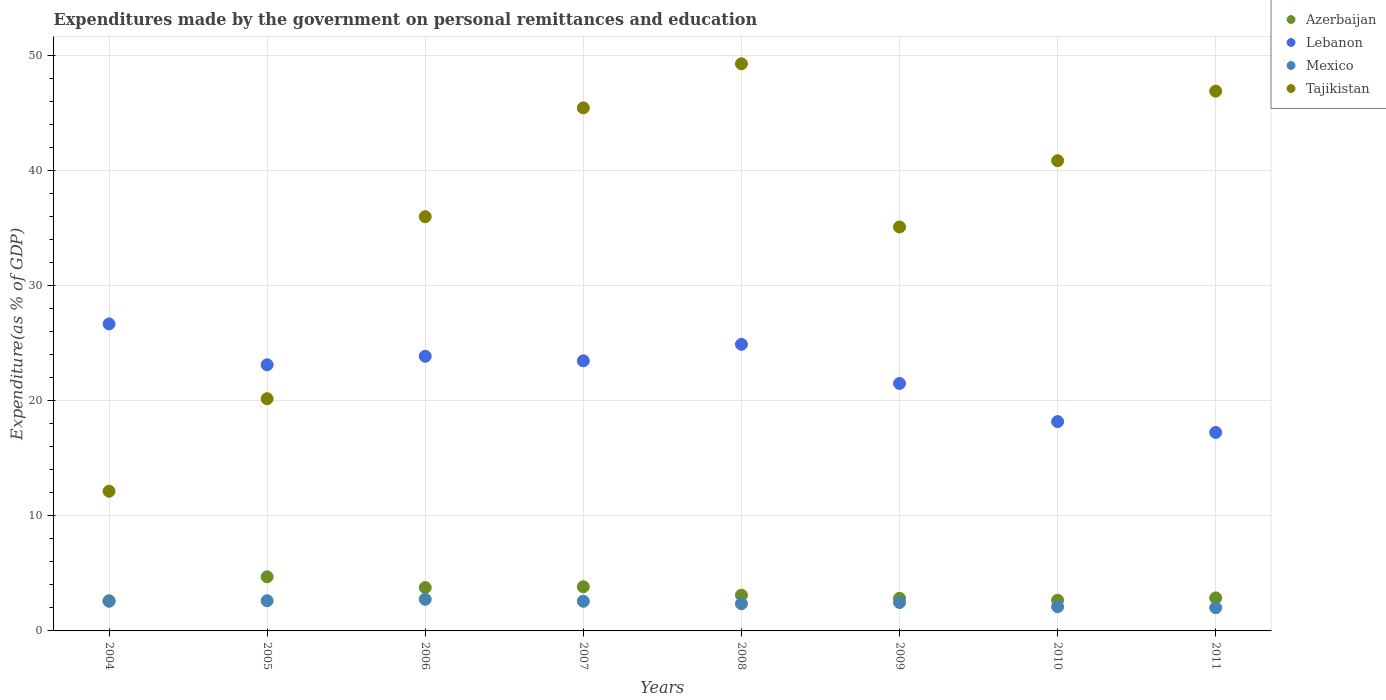
| Years | Azerbaijan | Lebanon | Mexico | Tajikistan |
 | --- | --- | --- | --- | --- |
 | 2004 | 2.62 | 26.7 | 2.58 | 12.1 |
 | 2005 | 4.71 | 23.1 | 2.63 | 20.2 |
 | 2006 | 3.77 | 23.9 | 2.75 | 36 |
 | 2007 | 3.84 | 23.5 | 2.58 | 45.5 |
 | 2008 | 3.11 | 24.9 | 2.36 | 49.3 |
 | 2009 | 2.83 | 21.5 | 2.47 | 35.1 |
 | 2010 | 2.67 | 18.2 | 2.1 | 40.9 |
 | 2011 | 2.87 | 17.2 | 2.02 | 46.9 |